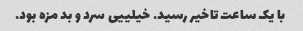
با یک ساعت تاخیر رسید. خیلییی سرد و بد مزه بود.